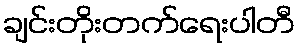
ချင်းတိုးတက်ရေးပါတီ